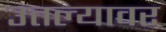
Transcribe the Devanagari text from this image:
उतल्यावर